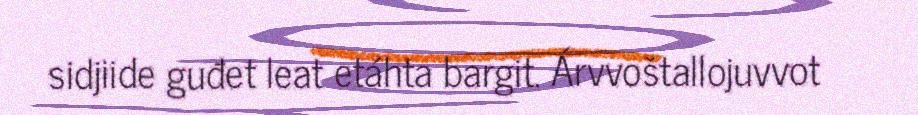
sidjiide guđet leat etáhta bargit. Árvvoštallojuvvot